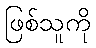
ဖြစ်သူကို